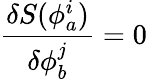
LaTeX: \frac{\delta S(\phi_{a}^{i})}{\delta\phi_{b}^{j}}=0